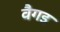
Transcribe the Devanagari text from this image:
वैगइ